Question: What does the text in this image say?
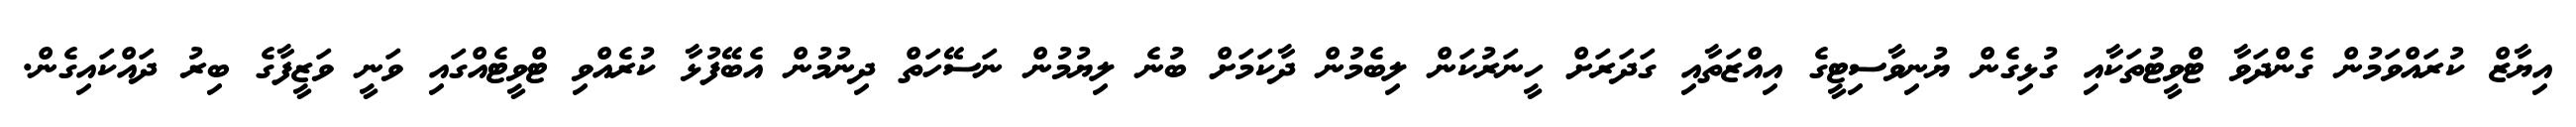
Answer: އިޔާޒް ކުރައްވަމުން ގެންދަވާ ޓްވީޓުތަކާއި ގުޅިގެން ޔުނިވާސިޓީގެ އިއްޒަތާއި ގަދަރަށް ހީނަރުކަން ލިބެމުން ދާކަމަށް ބުނެ ލިޔުމުން ނަސޭހަތް ދިނުމުން އެބޭފުޅާ ކުރެއްވި ޓްވީޓެއްގައި ވަނީ ވަޒީފާގެ ބިރު ދައްކައިގެން.